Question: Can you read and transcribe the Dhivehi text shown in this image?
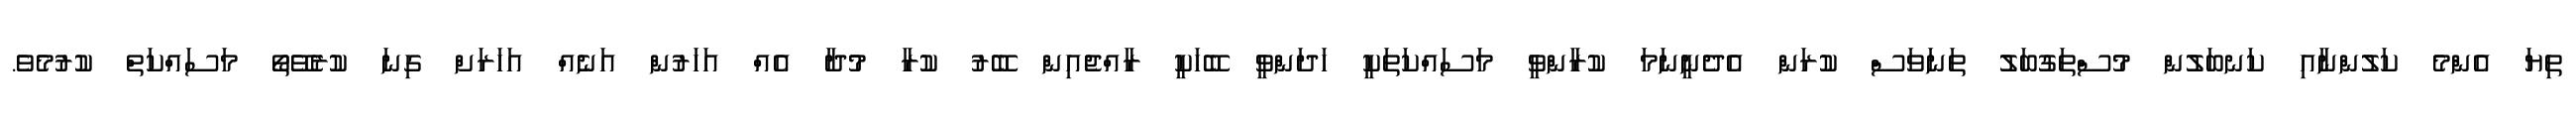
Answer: ތިޔަ އެންމެ ކަލުންނާއި ކަނބަލުން މުސްތަގުބަލު ތަނަވަސް ކުރަން އެދެނީނަމަ ކުރާންވީ މަސައްކަތަކީ ހަދަންވީ ބޭހަކީ ރާއްޖެއިން ބޭރު ކުރާ މުދާ އެއް އަހަރުން އަނެއް އަހަރަށް ގިނަ ކުރެވޭތޯ މަސައްކަތް ކުރުމެވެ.